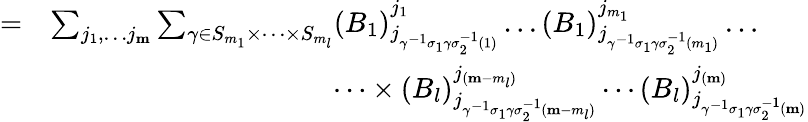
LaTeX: \begin{array}{rl}{=}&{\sum_{j_{1},\dots j_{\mathbf{m}}}\sum_{\gamma\in S_{m_{1}}\times\dots\times S_{m_{l}}}(B_{1})_{j_{\gamma^{-1}\sigma_{1}\gamma\sigma_{2}^{-1}(1)}}^{j_{1}}\dots(B_{1})_{j_{\gamma^{-1}\sigma_{1}\gamma\sigma_{2}^{-1}(m_{1})}}^{j_{m_{1}}}\dots}\\ &{\qquad\qquad\qquad\qquad\qquad\dots\times(B_{l})_{j_{\gamma^{-1}\sigma_{1}\gamma\sigma_{2}^{-1}(\mathbf{m}-m_{l})}}^{j_{(\mathbf{m}-m_{l})}}\cdots(B_{l})_{j_{\gamma^{-1}\sigma_{1}\gamma\sigma_{2}^{-1}(\mathbf{m})}}^{j_{(\mathbf{m})}}}\end{array}